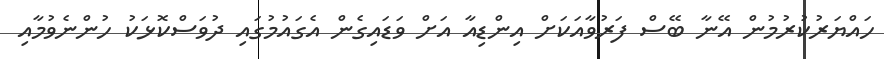
ހައްޔަރުކުރުމުން އޭނާ ބޭސް ފަރުވާއަކަށް އިންޑިއާ އަށް ވަޑައިގެން އެގައުމުގައި ދުވަސްކޮޅަކު ހުންނެވުމާއި